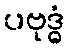
ပဗုဒ္ဓံ